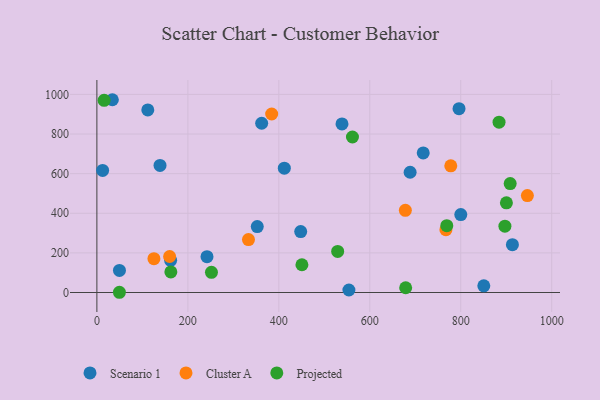
{"axis": {"x": "Experience", "y": "Exam Score"}, "legend": ["Cluster A", "Projected", "Scenario 1"], "data": [{"x": "12.6", "y": 616.4, "type": "Scenario 1"}, {"x": "412.1", "y": 627.6, "type": "Scenario 1"}, {"x": "554.1", "y": 12.8, "type": "Scenario 1"}, {"x": "796.2", "y": 928.1, "type": "Scenario 1"}, {"x": "850.7", "y": 33.8, "type": "Scenario 1"}, {"x": "448.1", "y": 307.7, "type": "Scenario 1"}, {"x": "717.5", "y": 704.5, "type": "Scenario 1"}, {"x": "138.8", "y": 641.7, "type": "Scenario 1"}, {"x": "49.6", "y": 111.7, "type": "Scenario 1"}, {"x": "688.7", "y": 607.0, "type": "Scenario 1"}, {"x": "913.6", "y": 241.6, "type": "Scenario 1"}, {"x": "362.3", "y": 854.5, "type": "Scenario 1"}, {"x": "538.9", "y": 851.0, "type": "Scenario 1"}, {"x": "242.1", "y": 180.9, "type": "Scenario 1"}, {"x": "352.6", "y": 333.0, "type": "Scenario 1"}, {"x": "34.0", "y": 973.2, "type": "Scenario 1"}, {"x": "111.9", "y": 921.5, "type": "Scenario 1"}, {"x": "162.1", "y": 162.7, "type": "Scenario 1"}, {"x": "800.1", "y": 393.3, "type": "Scenario 1"}, {"x": "384.3", "y": 901.1, "type": "Cluster A"}, {"x": "125.4", "y": 170.9, "type": "Cluster A"}, {"x": "778.1", "y": 639.7, "type": "Cluster A"}, {"x": "678.2", "y": 415.0, "type": "Cluster A"}, {"x": "333.3", "y": 267.2, "type": "Cluster A"}, {"x": "946.5", "y": 489.1, "type": "Cluster A"}, {"x": "767.4", "y": 317.3, "type": "Cluster A"}, {"x": "159.9", "y": 181.7, "type": "Cluster A"}, {"x": "884.2", "y": 859.7, "type": "Projected"}, {"x": "900.4", "y": 452.6, "type": "Projected"}, {"x": "529.4", "y": 207.3, "type": "Projected"}, {"x": "678.9", "y": 24.1, "type": "Projected"}, {"x": "162.6", "y": 103.9, "type": "Projected"}, {"x": "15.9", "y": 970.1, "type": "Projected"}, {"x": "251.9", "y": 101.7, "type": "Projected"}, {"x": "897.1", "y": 335.1, "type": "Projected"}, {"x": "450.8", "y": 140.1, "type": "Projected"}, {"x": "908.7", "y": 550.0, "type": "Projected"}, {"x": "769.3", "y": 337.6, "type": "Projected"}, {"x": "561.9", "y": 785.1, "type": "Projected"}, {"x": "49.5", "y": 1.2, "type": "Projected"}]}